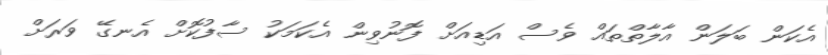
އެކަން ބަލަން އާލާތްތައް ވެސް އަޑިއަށް ފޮނުވިން އެކަމަކު ސާފުކޮށް އެނގޭ ވަރަށް